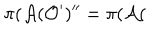
\pi ( \mathcal { A } ( \mathcal { O } ^ { \prime } ) ^ { \prime \prime } = \pi ( \mathcal { A } (